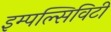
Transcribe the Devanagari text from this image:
इम्पल्सिविटी